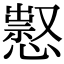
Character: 𢡈